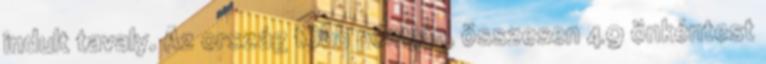
indult tavaly. Az ország több pontján, összesen 49 önkéntest